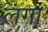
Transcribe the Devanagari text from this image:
लंगा